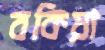
বকিয়া